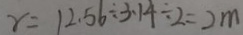
r = 1 2 . 5 6 \div 3 . 1 4 \div 2 = 2 m